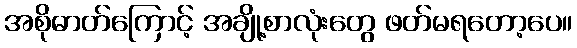
အစိုဓာတ်ကြောင့် အချို့စာလုံးတွေ ဖတ်မရတော့ပေ။